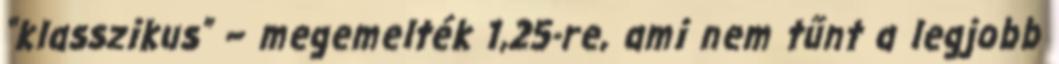
“klasszikus” – megemelték 1,25-re, ami nem tűnt a legjobb